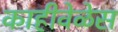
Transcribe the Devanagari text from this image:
काहीवेळेस